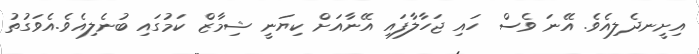
އިށީނދެލިއެވެ. އޭނަ ވެސް ހައި ޖަހާލާފައި އޭނާއަށް ކިޔަނީ ޝިމާޒް ކަމުގައި ބުނެލިއެވެ.އެވަގުތު